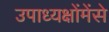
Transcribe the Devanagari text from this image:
उपाध्यक्षोंमेंसे